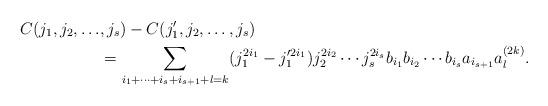
LaTeX: \begin{align*} C(j_1,j_2,\ldots&,j_s)-C(j'_1,j_2,\ldots,j_s) \\& = \sum_{i_1+\cdots+i_s+i_{s+1}+l=k}(j^{2i_1}_1-j'^{2i_1}_1)j_2^{2i_2} \cdots j_s^{2i_s}b_{i_1}b_{i_2}\cdots b_{i_s}a_{i_{s+1}}a^{(2k)}_l.\end{align*}